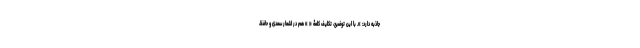
جاذبه دارد: ». با این توضیح، تکلیف کلمۀ « » هم در اشعار سعدی و حافظ،